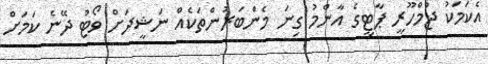
އެކަމަކު ޖުމްހޫރީ ޕާޓީގެ އާންމު ގިނަ މެންބަރުންތަކެއް ނަޝީދަށް ވޯޓު ދޭނެ ކަމަށް